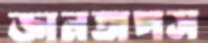
জ্ঞানতাপস